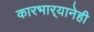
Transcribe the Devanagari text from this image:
कारभार्‍यानेही